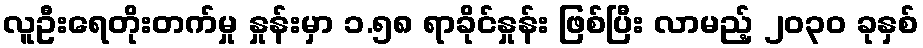
လူဦးရေတိုးတက်မှု နှုန်းမှာ ၁.၅၈ ရာခိုင်နှုန်း ဖြစ်ပြီး လာမည့် ၂၀၃၀ ခုနှစ်